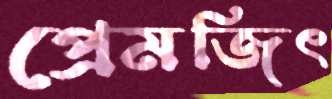
প্রেমজিৎ